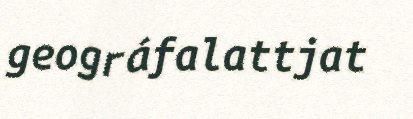
geográfalattjat